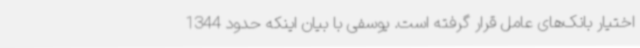
اختیار بانک‌های عامل قرار گرفته است. یوسفی با بیان اینکه حدود 1344